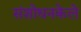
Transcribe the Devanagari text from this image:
संशोधनकेले